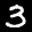
Label: 3